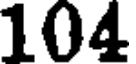
104